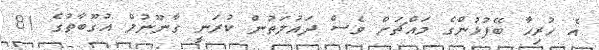
އެ ހުރިހާ ބޭފުޅުންގެ މައްޗަށް ވެސް ދައުލަތުން ކުރަނީ ގާނޫނުލް އުގޫބާތުގެ 81